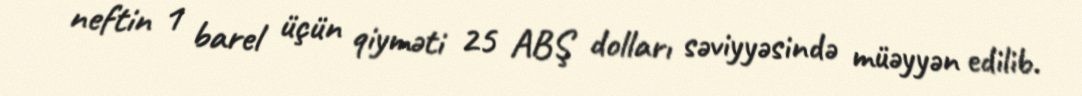
neftin 1 barel üçün qiyməti 25 ABŞ dolları səviyyəsində müəyyən edilib.